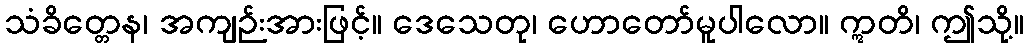
သံခိတ္တေန၊ အကျဉ်းအားဖြင့်။ ဒေသေတု၊ ဟောတော်မူပါလော။ ဣတိ၊ ဤသို့။